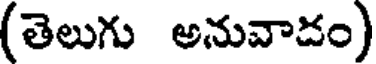
(తెలుగు అనువాదం)